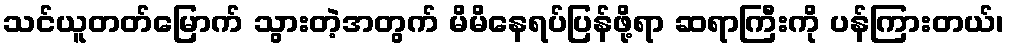
သင်ယူတတ်မြောက် သွားတဲ့အတွက် မိမိနေရပ်ပြန်ဖို့ရာ ဆရာကြီးကို ပန်ကြားတယ်၊